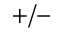
+ / -